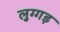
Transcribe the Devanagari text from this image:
लुग्गड़